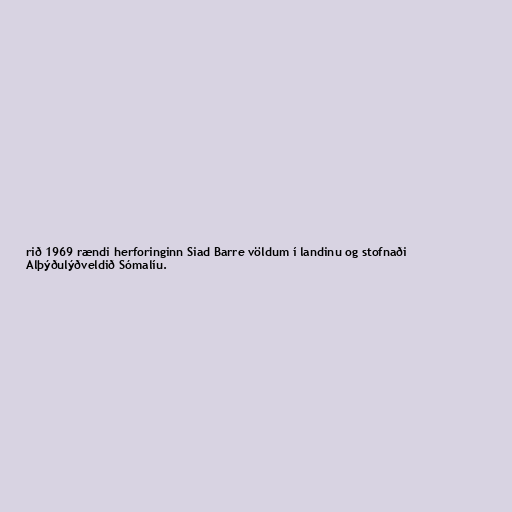
rið 1969 rændi herforinginn Siad Barre völdum í landinu og stofnaði
Alþýðulýðveldið Sómalíu.